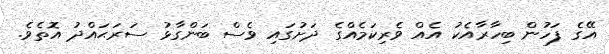
އޭގެ ފަހުން ބިހާރާއެކު އެއް ވެރިކަމެއްގެ ދަށުގައި ވެސް ބަންގާޅު ސަރަޙައްދު އޮތެވެ.